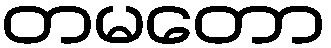
တမတော